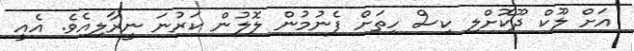
އަށް ލޫކް ދޫކޮށްލި ކިސް ހިތަށް ފެނުމުން ލޮލުން ކަރުނަ ނީރާލިއެވެ. އެއީ